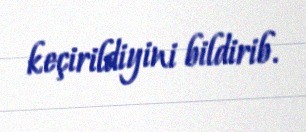
keçirildiyini bildirib.